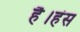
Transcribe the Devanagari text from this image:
है।हंस